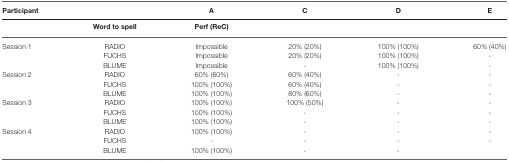
<table><thead><tr><td><b>Participant</b></td><td></td><td><b>A</b></td><td><b>C</b></td><td><b>D</b></td><td><b>E</b></td></tr><tr><td></td><td><b>Word to spell</b></td><td><b>Perf (ReC)</b></td><td></td><td></td><td></td></tr></thead><tbody><tr><td>Session 1</td><td>RADIO</td><td>Impossible</td><td>20% (20%)</td><td>100% (100%)</td><td>60% (40%)</td></tr><tr><td></td><td>FUCHS</td><td>Impossible</td><td>20% (20%)</td><td>100% (100%)</td><td>-</td></tr><tr><td></td><td>BLUME</td><td>Impossible</td><td>-</td><td>100% (100%)</td><td>-</td></tr><tr><td>Session 2</td><td>RADIO</td><td>60% (60%)</td><td>60% (40%)</td><td>-</td><td>-</td></tr><tr><td></td><td>FUCHS</td><td>100% (100%)</td><td>60% (40%)</td><td>-</td><td>-</td></tr><tr><td></td><td>BLUME</td><td>100% (100%)</td><td>80% (60%)</td><td>-</td><td>-</td></tr><tr><td>Session 3</td><td>RADIO</td><td>100% (100%)</td><td>100% (50%)</td><td>-</td><td>-</td></tr><tr><td></td><td>FUCHS</td><td>100% (100%)</td><td>-</td><td>-</td><td>-</td></tr><tr><td></td><td>BLUME</td><td>100% (100%)</td><td>-</td><td>-</td><td>-</td></tr><tr><td>Session 4</td><td>RADIO</td><td>100% (100%)</td><td>-</td><td>-</td><td>-</td></tr><tr><td></td><td>FUCHS</td><td>-</td><td>-</td><td>-</td><td>-</td></tr><tr><td></td><td>BLUME</td><td>100% (100%)</td><td>-</td><td>-</td><td></td></tr></tbody></table>